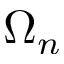
\Omega _ { n }